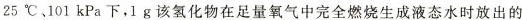
25^{\circ}C、101kPa下，1g该氢化物在足量氧气中完全燃烧生成液态水时放出的